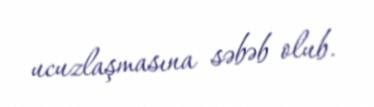
ucuzlaşmasına səbəb olub.